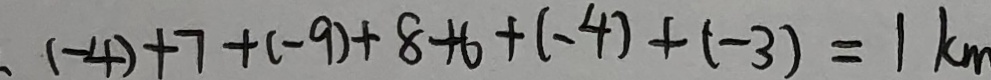
. ( - 4 ) + 7 + ( - 9 ) + 8 + 6 + ( - 4 ) + ( - 3 ) = 1 k m